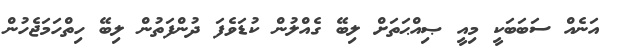
އަނެއް ސަބަބަކީ މިއީ ޞިއްޙަތަށް ލިބޭ ގެއްލުން ކުޑަވެފަ ދުންފަތުން ލިބޭ ހިތްހަމަޖެހުން